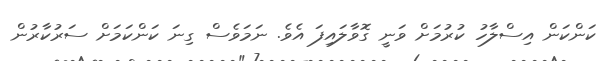
ކަންކަން އިސްލާހު ކުރުމަށް ވަނީ ގޮވާލައިފަ އެވެ. ނަމަވެސް ގިނަ ކަންކަމަށް ސަރުކާރުން